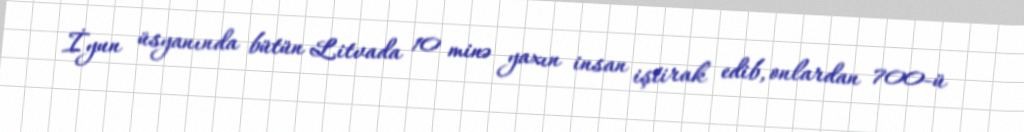
İyun üsyanında bütün Litvada 10 minə yaxın insan iştirak edib, onlardan 700-ü